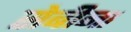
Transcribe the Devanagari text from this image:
सेबीना